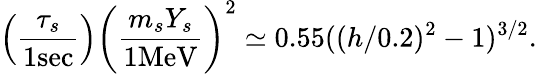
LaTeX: \left(\frac{\tau_{s}}{1\mathrm{sec}}\right)\left(\frac{m_{s}Y_{s}}{1\mathrm{MeV}}\right)^{2}\simeq 0.55((h/0.2)^{2}-1)^{3/2}.